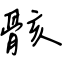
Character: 骸